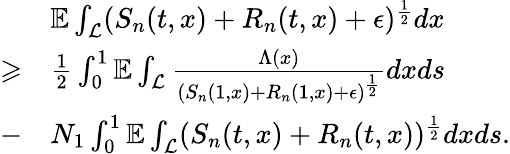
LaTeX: \begin{array}{rl}&{\mathbb{E}\int_{\mathcal{L}}(S_{n}(t,x)+R_{n}(t,x)+\epsilon)^{\frac{1}{2}}dx}\\ {\geqslant}&{\frac{1}{2}\int_{0}^{1}\mathbb{E}\int_{\mathcal{L}}\frac{\Lambda(x)}{(S_{n}(1,x)+R_{n}(1,x)+\epsilon)^{\frac{1}{2}}}dxds}\\ {-}&{N_{1}\int_{0}^{1}\mathbb{E}\int_{\mathcal{L}}(S_{n}(t,x)+R_{n}(t,x))^{\frac{1}{2}}dxds.}\end{array}